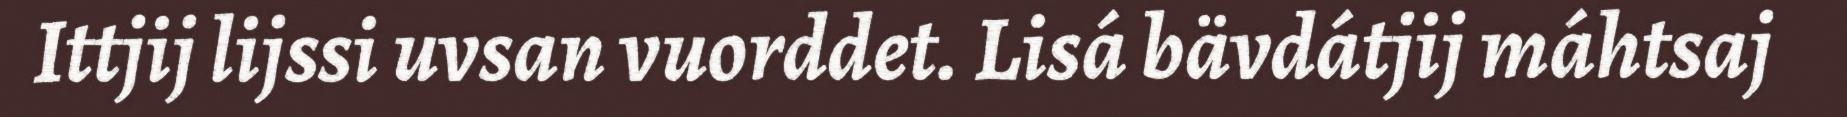
Ittjij lijssi uvsan vuorddet. Lisá bävdátjij máhtsaj